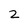
Character: 2